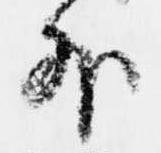
外